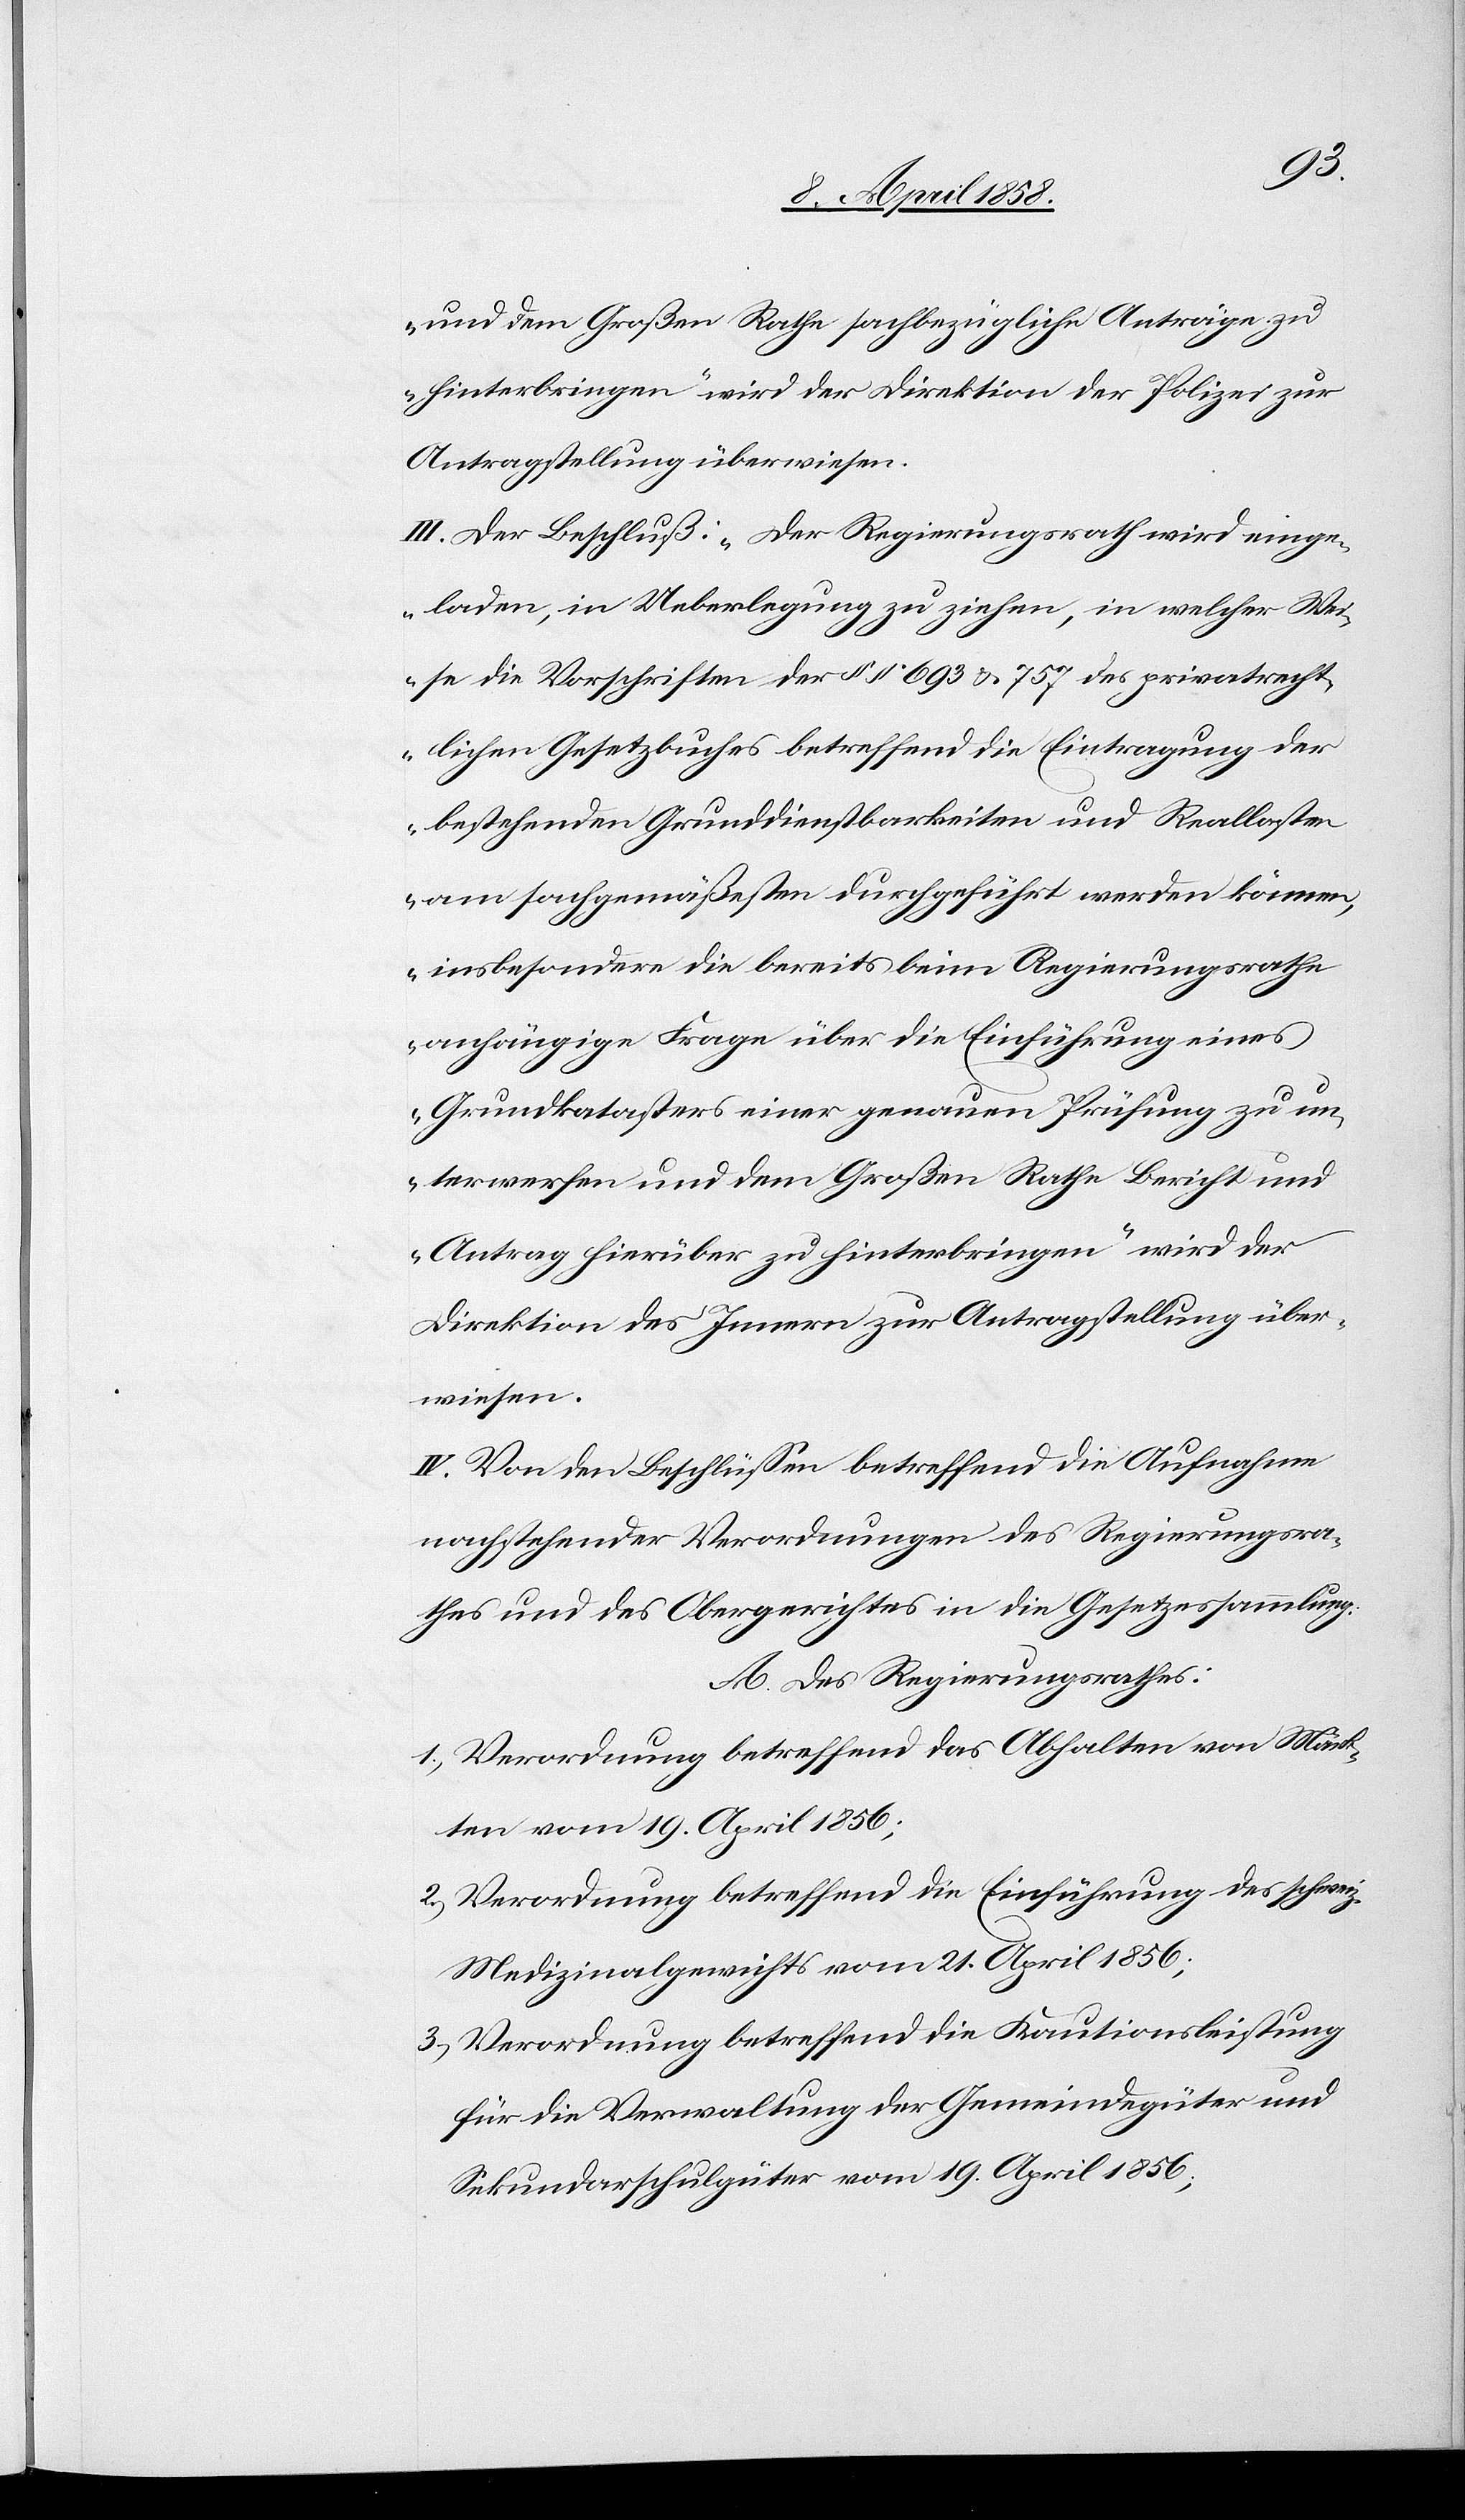
und dem Großen Rathe sachbezügliche Anträge zu
hinterbringen“ wird der Direktion der Polizei zur
Antragstellung überwiesen.
III. Der Beschluß: „Der Regierungsrath wird einge¬
laden, in Ueberlegung zu ziehen, in welcher Wei¬
se die Vorschriften der §§ 693 u. 757 des privatrecht¬
lichen Gesetzbuches betreffend die Eintragung der
bestehenden Grunddienstbarkeiten und Reallasten
am sachgemäßesten durchgeführt werden können,
insbesondere die bereits beim Regierungsrathe
anhängige Frage über die Einführung eines
Grundkatasters einer genauen Prüfung zu un¬
terwerfen und dem Großen Rathe Bericht und
Antrag hierüber zu hinterbringen“ wird der
Direktion des Innern zur Antragstellung über¬
wiesen.
VI. Von den Beschlüssen betreffend die Aufnahme
nachstehender Verordnungen des Regierungsra¬
thes und des Obergerichtes in die Gesetzessammlung:
A. Des Regierungsrathes:
1. Verordnung betreffend das Abhalten von Märk¬
ten vom 19. April 1856;
2. Verordnung betreffend die Einführung des schweiz.
Medizinalgerichts vom 21. April 1856;
3. Verordnung betreffend die Kautionsleistung
für die Verwaltung der Gemeindegüter und
Sekundarschulgüter vom 19. April 1856;